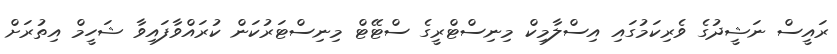
ރައީސް ނަޝީދުގެ ވެރިކަމުގައި އިސްލާމިކް މިނިސްޓްރީގެ ސްޓޭޓް މިނިސްޓަރުކަން ކުރައްވާފައިވާ ޝަހީމް އިތުރަށް